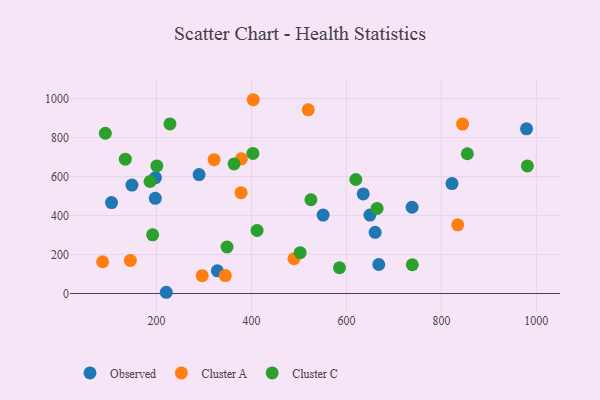
{"axis": {"x": "Ad Spend", "y": "Profit"}, "legend": ["Cluster A", "Cluster C", "Observed"], "data": [{"x": "148.3", "y": 556.4, "type": "Observed"}, {"x": "289.7", "y": 610.1, "type": "Observed"}, {"x": "328.2", "y": 116.6, "type": "Observed"}, {"x": "550.9", "y": 402.6, "type": "Observed"}, {"x": "822.3", "y": 564.0, "type": "Observed"}, {"x": "979.3", "y": 844.9, "type": "Observed"}, {"x": "105.4", "y": 466.9, "type": "Observed"}, {"x": "649.5", "y": 402.5, "type": "Observed"}, {"x": "635.4", "y": 511.3, "type": "Observed"}, {"x": "668.1", "y": 148.8, "type": "Observed"}, {"x": "197.5", "y": 488.5, "type": "Observed"}, {"x": "197.8", "y": 594.3, "type": "Observed"}, {"x": "220.6", "y": 6.4, "type": "Observed"}, {"x": "738.3", "y": 442.8, "type": "Observed"}, {"x": "660.5", "y": 313.8, "type": "Observed"}, {"x": "378.8", "y": 691.4, "type": "Cluster A"}, {"x": "86.6", "y": 163.1, "type": "Cluster A"}, {"x": "403.8", "y": 994.4, "type": "Cluster A"}, {"x": "321.3", "y": 686.9, "type": "Cluster A"}, {"x": "519.6", "y": 942.6, "type": "Cluster A"}, {"x": "489.5", "y": 178.3, "type": "Cluster A"}, {"x": "296.3", "y": 91.7, "type": "Cluster A"}, {"x": "834.5", "y": 352.3, "type": "Cluster A"}, {"x": "378.2", "y": 517.4, "type": "Cluster A"}, {"x": "145.0", "y": 169.7, "type": "Cluster A"}, {"x": "344.9", "y": 92.1, "type": "Cluster A"}, {"x": "844.6", "y": 869.4, "type": "Cluster A"}, {"x": "186.4", "y": 574.7, "type": "Cluster C"}, {"x": "664.6", "y": 436.5, "type": "Cluster C"}, {"x": "502.6", "y": 209.4, "type": "Cluster C"}, {"x": "363.4", "y": 665.0, "type": "Cluster C"}, {"x": "191.9", "y": 301.1, "type": "Cluster C"}, {"x": "854.7", "y": 717.2, "type": "Cluster C"}, {"x": "348.5", "y": 238.7, "type": "Cluster C"}, {"x": "738.8", "y": 147.7, "type": "Cluster C"}, {"x": "619.8", "y": 585.0, "type": "Cluster C"}, {"x": "403.1", "y": 718.7, "type": "Cluster C"}, {"x": "981.1", "y": 654.6, "type": "Cluster C"}, {"x": "92.3", "y": 822.3, "type": "Cluster C"}, {"x": "585.4", "y": 132.2, "type": "Cluster C"}, {"x": "411.8", "y": 324.0, "type": "Cluster C"}, {"x": "525.2", "y": 481.1, "type": "Cluster C"}, {"x": "200.8", "y": 654.8, "type": "Cluster C"}, {"x": "228.4", "y": 870.1, "type": "Cluster C"}, {"x": "134.4", "y": 689.4, "type": "Cluster C"}]}